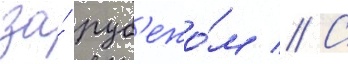
за́ руб'ежо́м // С